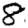
Digit: 8